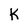
Character: K